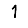
Digit: 1